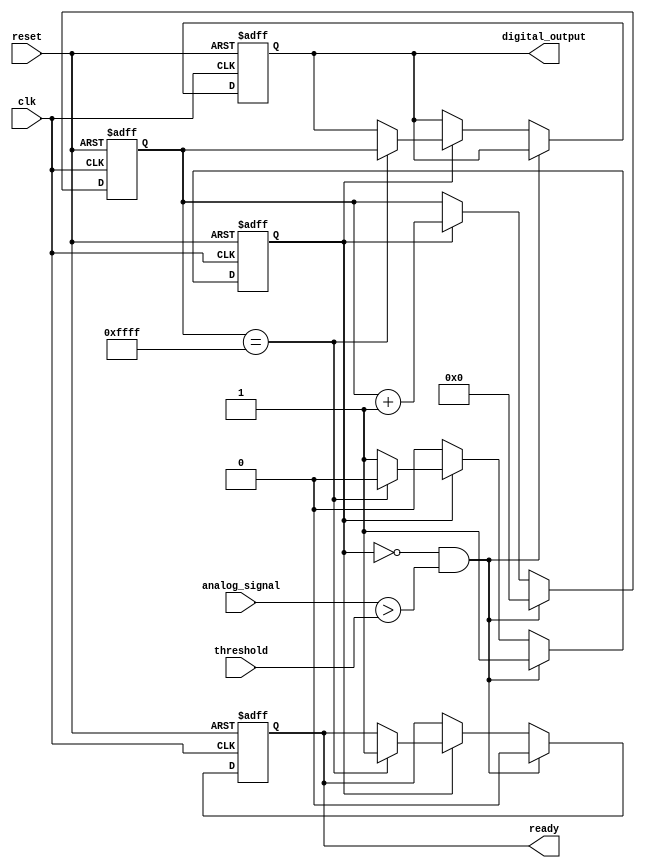
module ATDC (
    input wire clk,                   // Sampling clock
    input wire reset,                 // Asynchronous reset
    input wire analog_signal,          // Analog input signal (digital representation)
    input wire [7:0] threshold,       // Threshold for comparison (8-bit for simplification)
    output reg [15:0] digital_output, // Digital output (16-bit for measured time)
    output reg ready                  // Signal to indicate output is ready
);

    reg [15:0] counter;               // Counter for time measurement
    reg measuring;                    // Flag to indicate if measuring is in progress
    
    // Comparator: checks if the analog signal exceeds the threshold
    always @(posedge clk or posedge reset) begin
        if (reset) begin
            measuring <= 1'b0;
            counter <= 16'b0;
            ready <= 1'b0;
            digital_output <= 16'b0;
        end
        else if (!measuring && (analog_signal > threshold)) begin
            // Start measuring when threshold is crossed
            measuring <= 1'b1;
            counter <= 16'b0; // Reset counter to start counting
            ready <= 1'b0;
        end
        else if (measuring) begin
            counter <= counter + 1'b1; // Increment counter for each clock cycle
            
            // Stop measuring on the next clock edge (for simplicity)
            if (counter == 16'hFFFF) begin // Assuming a max count for demo purposes
                measuring <= 1'b0; // Stop measuring
                digital_output <= counter; // Latch counter value to digital output
                ready <= 1'b1; // Indicate output is ready
            end
        end
    end

endmodule